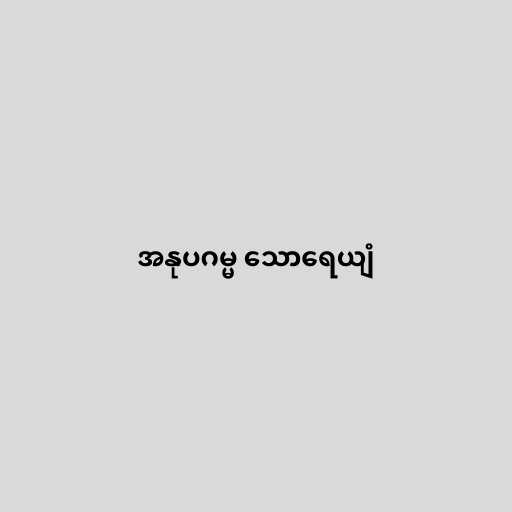
အနုပဂမ္မ သောရေယျံ